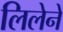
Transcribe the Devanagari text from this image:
लिलेने